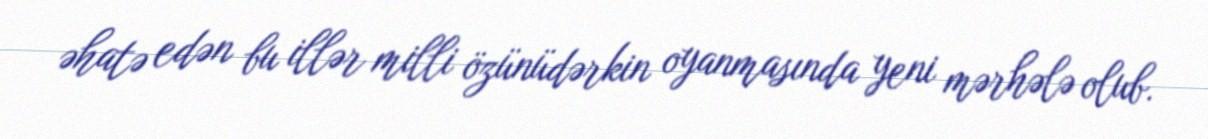
əhatə edən bu illər milli özünüdərkin oyanmasında yeni mərhələ olub.